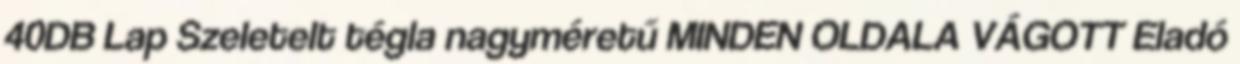
40DB Lap Szeletelt tégla nagyméretű MINDEN OLDALA VÁGOTT Eladó